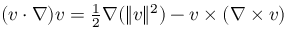
\begin{array} { r } { ( v \cdot \nabla ) v = \frac { 1 } { 2 } \nabla ( \| v \| ^ { 2 } ) - v \times ( \nabla \times v ) } \end{array}